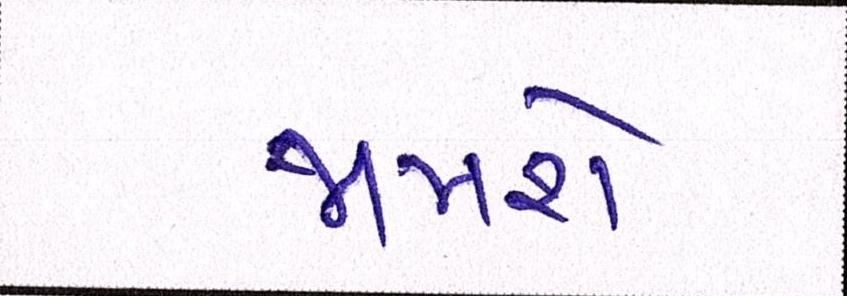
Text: જામશે